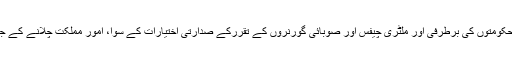
8ویں ترمیم کے ذریعے پارلیمنٹ اور حکومتوں کی برطرفی اور ملٹری چیفس اور صوبائی گورنروں کے تقررکے صدارتی اختیارات کے سوا، امورِ مملکت چلانے کے جملہ اختیارات وزیراعظم کے پاس تھے۔